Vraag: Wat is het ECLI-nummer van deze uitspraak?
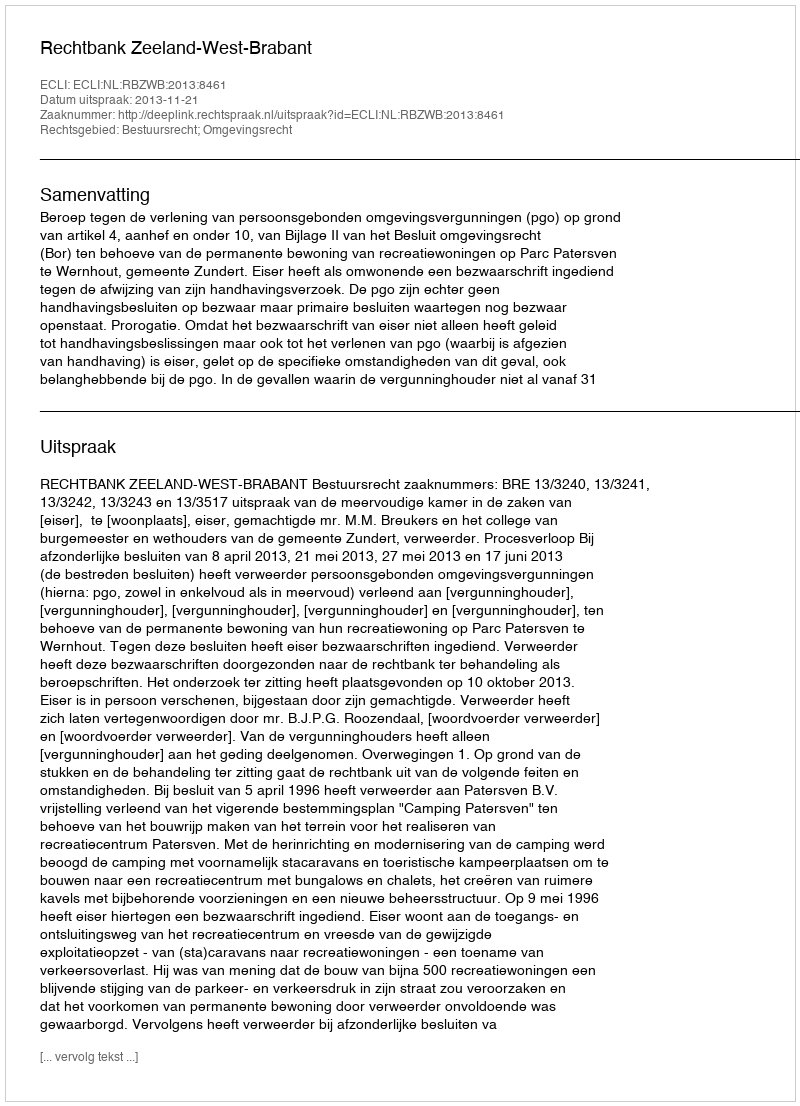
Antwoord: ECLI:NL:RBZWB:2013:8461